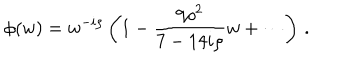
LaTeX: \phi ( w ) = w ^ { - i \rho } \left( 1 - { \frac { 9 \rho ^ { 2 } } { 7 - 1 4 i \rho } } w + \cdots \right) \, .